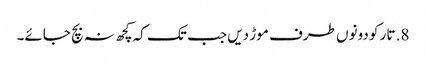
8. تار کو دونوں طرف موڑ دیں جب تک کہ کچھ نہ بچ جائے۔